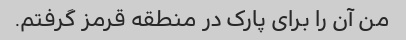
من آن را برای پارک در منطقه قرمز گرفتم.